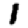
Digit: 1